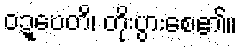
ဝဍ္ဎေတိ၊ တိုးပွားစေ၏။